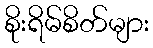
စိုးရိမ်စိတ်များ